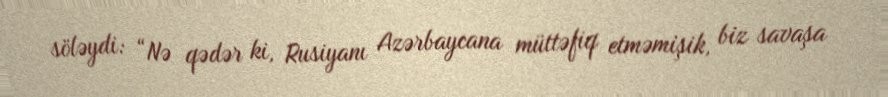
söləydi: “Nə qədər ki, Rusiyanı Azərbaycana müttəfiq etməmişik, biz savaşa